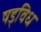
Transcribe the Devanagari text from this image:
षड्विध